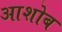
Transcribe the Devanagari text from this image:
आशोब